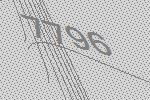
7796